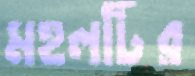
মহলটির